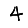
Digit: 4